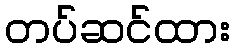
တပ်ဆင်ထား